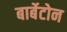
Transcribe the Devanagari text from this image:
बार्बेटोन